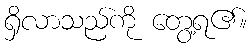
ရှိလာသည်ကို တွေ့ရ၏။